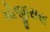
મોજીસરા